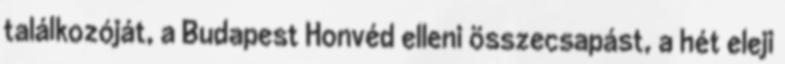
találkozóját, a Budapest Honvéd elleni összecsapást, a hét eleji